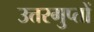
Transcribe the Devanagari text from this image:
उत्तरगुप्तों